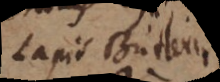
Lapis Butleri,